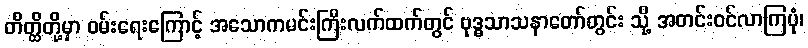
တိတ္ထိတို့မှာ ဝမ်းရေးကြောင့် အသောကမင်းကြီးလက်ထက်တွင် ဗုဒ္ဓသာသနာတော်တွင်း သို့ အတင်းဝင်လာကြပုံ၊